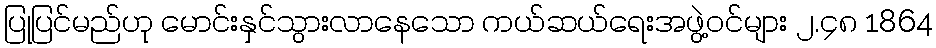
ပြုပြင်မည်ဟု မောင်းနှင်သွားလာနေသော ကယ်ဆယ်ရေးအဖွဲ့ဝင်များ ၂.၄၈ 1864